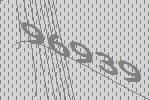
96939